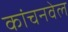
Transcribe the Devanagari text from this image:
कांचनवेल